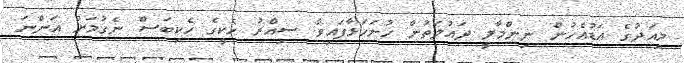
މިއަދުގެ އަޑުއެހުން ނިންމާލީ ދައުލަތުން ހުށަހަޅާފައިވާ ސިއްރު ހެކީގެ ހެކިބަސް ނެގުމަށް އަންނަ